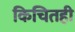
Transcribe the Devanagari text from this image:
किचितही